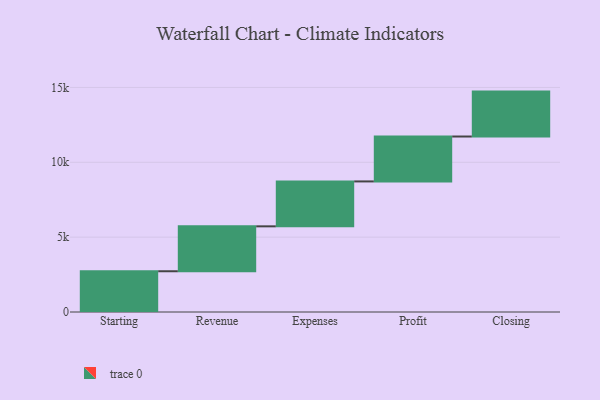
{"axis": {"x": "Step", "y": "Value"}, "legend": [""], "data": [{"x": "Starting", "y": 2722.0, "type": ""}, {"x": "Revenue", "y": 3000, "type": ""}, {"x": "Expenses", "y": 3000, "type": ""}, {"x": "Profit", "y": 3000, "type": ""}, {"x": "Closing", "y": 3000, "type": ""}]}